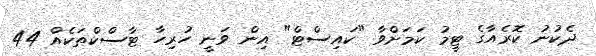
ދެކުނު ކޮރެއާގެ ޓީމު ކަމަށްވާ "ކައިސްޓް" އިން ވަނީ ހުރިހާ ޓާސްކްތަކެއް 44